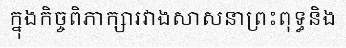
ក្នុងកិច្ចពិភាក្សារវាងសាសនាព្រះពុទ្ធនិង